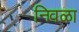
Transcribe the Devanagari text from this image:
निवळा